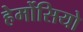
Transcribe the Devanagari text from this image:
हेर्मोसियो